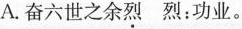
A.奋六世之余烈 烈：功业。